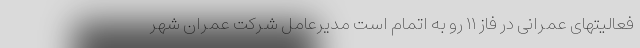
فعالیتهای عمرانی در فاز ۱۱ رو به اتمام است مدیرعامل شرکت عمران شهر